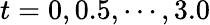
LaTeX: t=0,0.5,\cdots,3.0